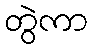
တွဲကာ